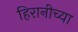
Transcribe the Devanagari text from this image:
हिरानीच्या